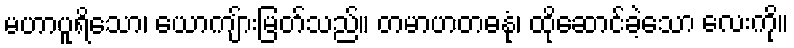
မဟာပူရိသော၊ ယောကျ်ားမြတ်သည်။ တမာဟတဓနုံ၊ ထိုဆောင်ခဲ့သော လေးကို။